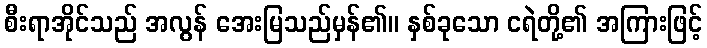
စီးရာအိုင်သည် အလွန် အေးမြသည်မှန်၏။ နှစ်ခုသော ငရဲတို့၏ အကြားဖြင့်